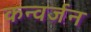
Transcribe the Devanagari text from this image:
कन्वर्जन